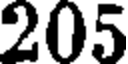
205